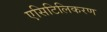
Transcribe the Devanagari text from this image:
एसिटिलिकरण